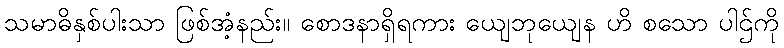
သမာဓိနှစ်ပါးသာ ဖြစ်အံ့နည်း။ စောဒနာရှိရကား ယျေဘုယျေန ဟိ စသော ပါဌ်ကို